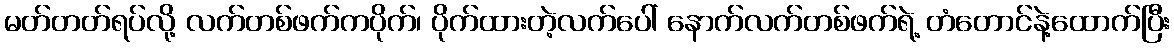
မတ်တတ်ရပ်လို့ လက်တစ်ဖက်ကပိုက်၊ ပိုက်ထားတဲ့လက်ပေါ် နောက်လက်တစ်ဖက်ရဲ့ တံတောင်နဲ့ထောက်ပြီး